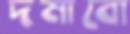
দমাবো